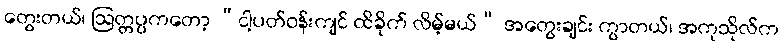
တွေးတယ်၊ ဩတ္တပ္ပကတော့ “ငါ့ပတ်ဝန်းကျင် ထိခိုက် လိမ့်မယ်” အတွေးချင်း ကွာတယ်၊ အကုသိုလ်က